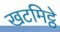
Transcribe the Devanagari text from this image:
खटमिट्ठे